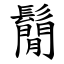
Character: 鬜